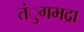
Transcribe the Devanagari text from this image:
तंुगभद्रा